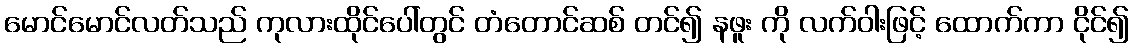
မောင်မောင်လတ်သည် ကုလားထိုင်ပေါ်တွင် တံတောင်ဆစ် တင်၍ နဖူး ကို လက်ဝါးဖြင့် ထောက်ကာ ငိုင်၍